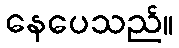
နေပေသည်။